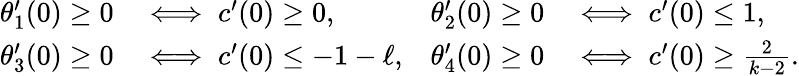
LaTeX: \begin{array}{rlrl}{\theta_{1}^{\prime}(0)\geq 0}&{\iff c^{\prime}(0)\geq 0,}&{\theta_{2}^{\prime}(0)\geq 0}&{\iff c^{\prime}(0)\leq 1,}\\ {\theta_{3}^{\prime}(0)\geq 0}&{\iff c^{\prime}(0)\leq-1-\ell,}&{\theta_{4}^{\prime}(0)\geq 0}&{\iff c^{\prime}(0)\geq\frac{2}{k-2}.}\end{array}